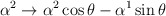
\begin{align*}\alpha^2\rightarrow \alpha^2 \cos\theta -\alpha^1\sin\theta\end{align*}